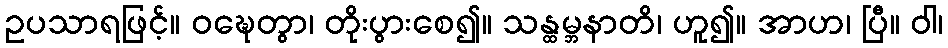
ဥပသာရဖြင့်။ ဝဍ္ဎေတွာ၊ တိုးပွားစေ၍။ သန္ထမ္ဘနာတိ၊ ဟူ၍။ အာဟ၊ ပြီ။ ဝါ၊